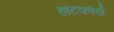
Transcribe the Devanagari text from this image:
हॉटकोर्स